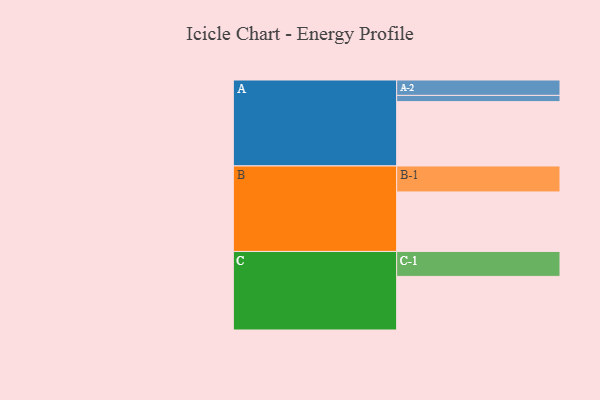
{"axis": {"x": "Segment", "y": "Value"}, "legend": ["", "A", "B", "C"], "data": [{"x": "A", "y": 547, "type": ""}, {"x": "B", "y": 506, "type": ""}, {"x": "C", "y": 456, "type": ""}, {"x": "A-1", "y": 53, "type": "A"}, {"x": "A-2", "y": 131, "type": "A"}, {"x": "B-1", "y": 221, "type": "B"}, {"x": "C-1", "y": 212, "type": "C"}]}